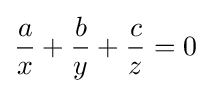
{\frac {a}{x}}+{\frac {b}{y}}+{\frac {c}{z}}=0